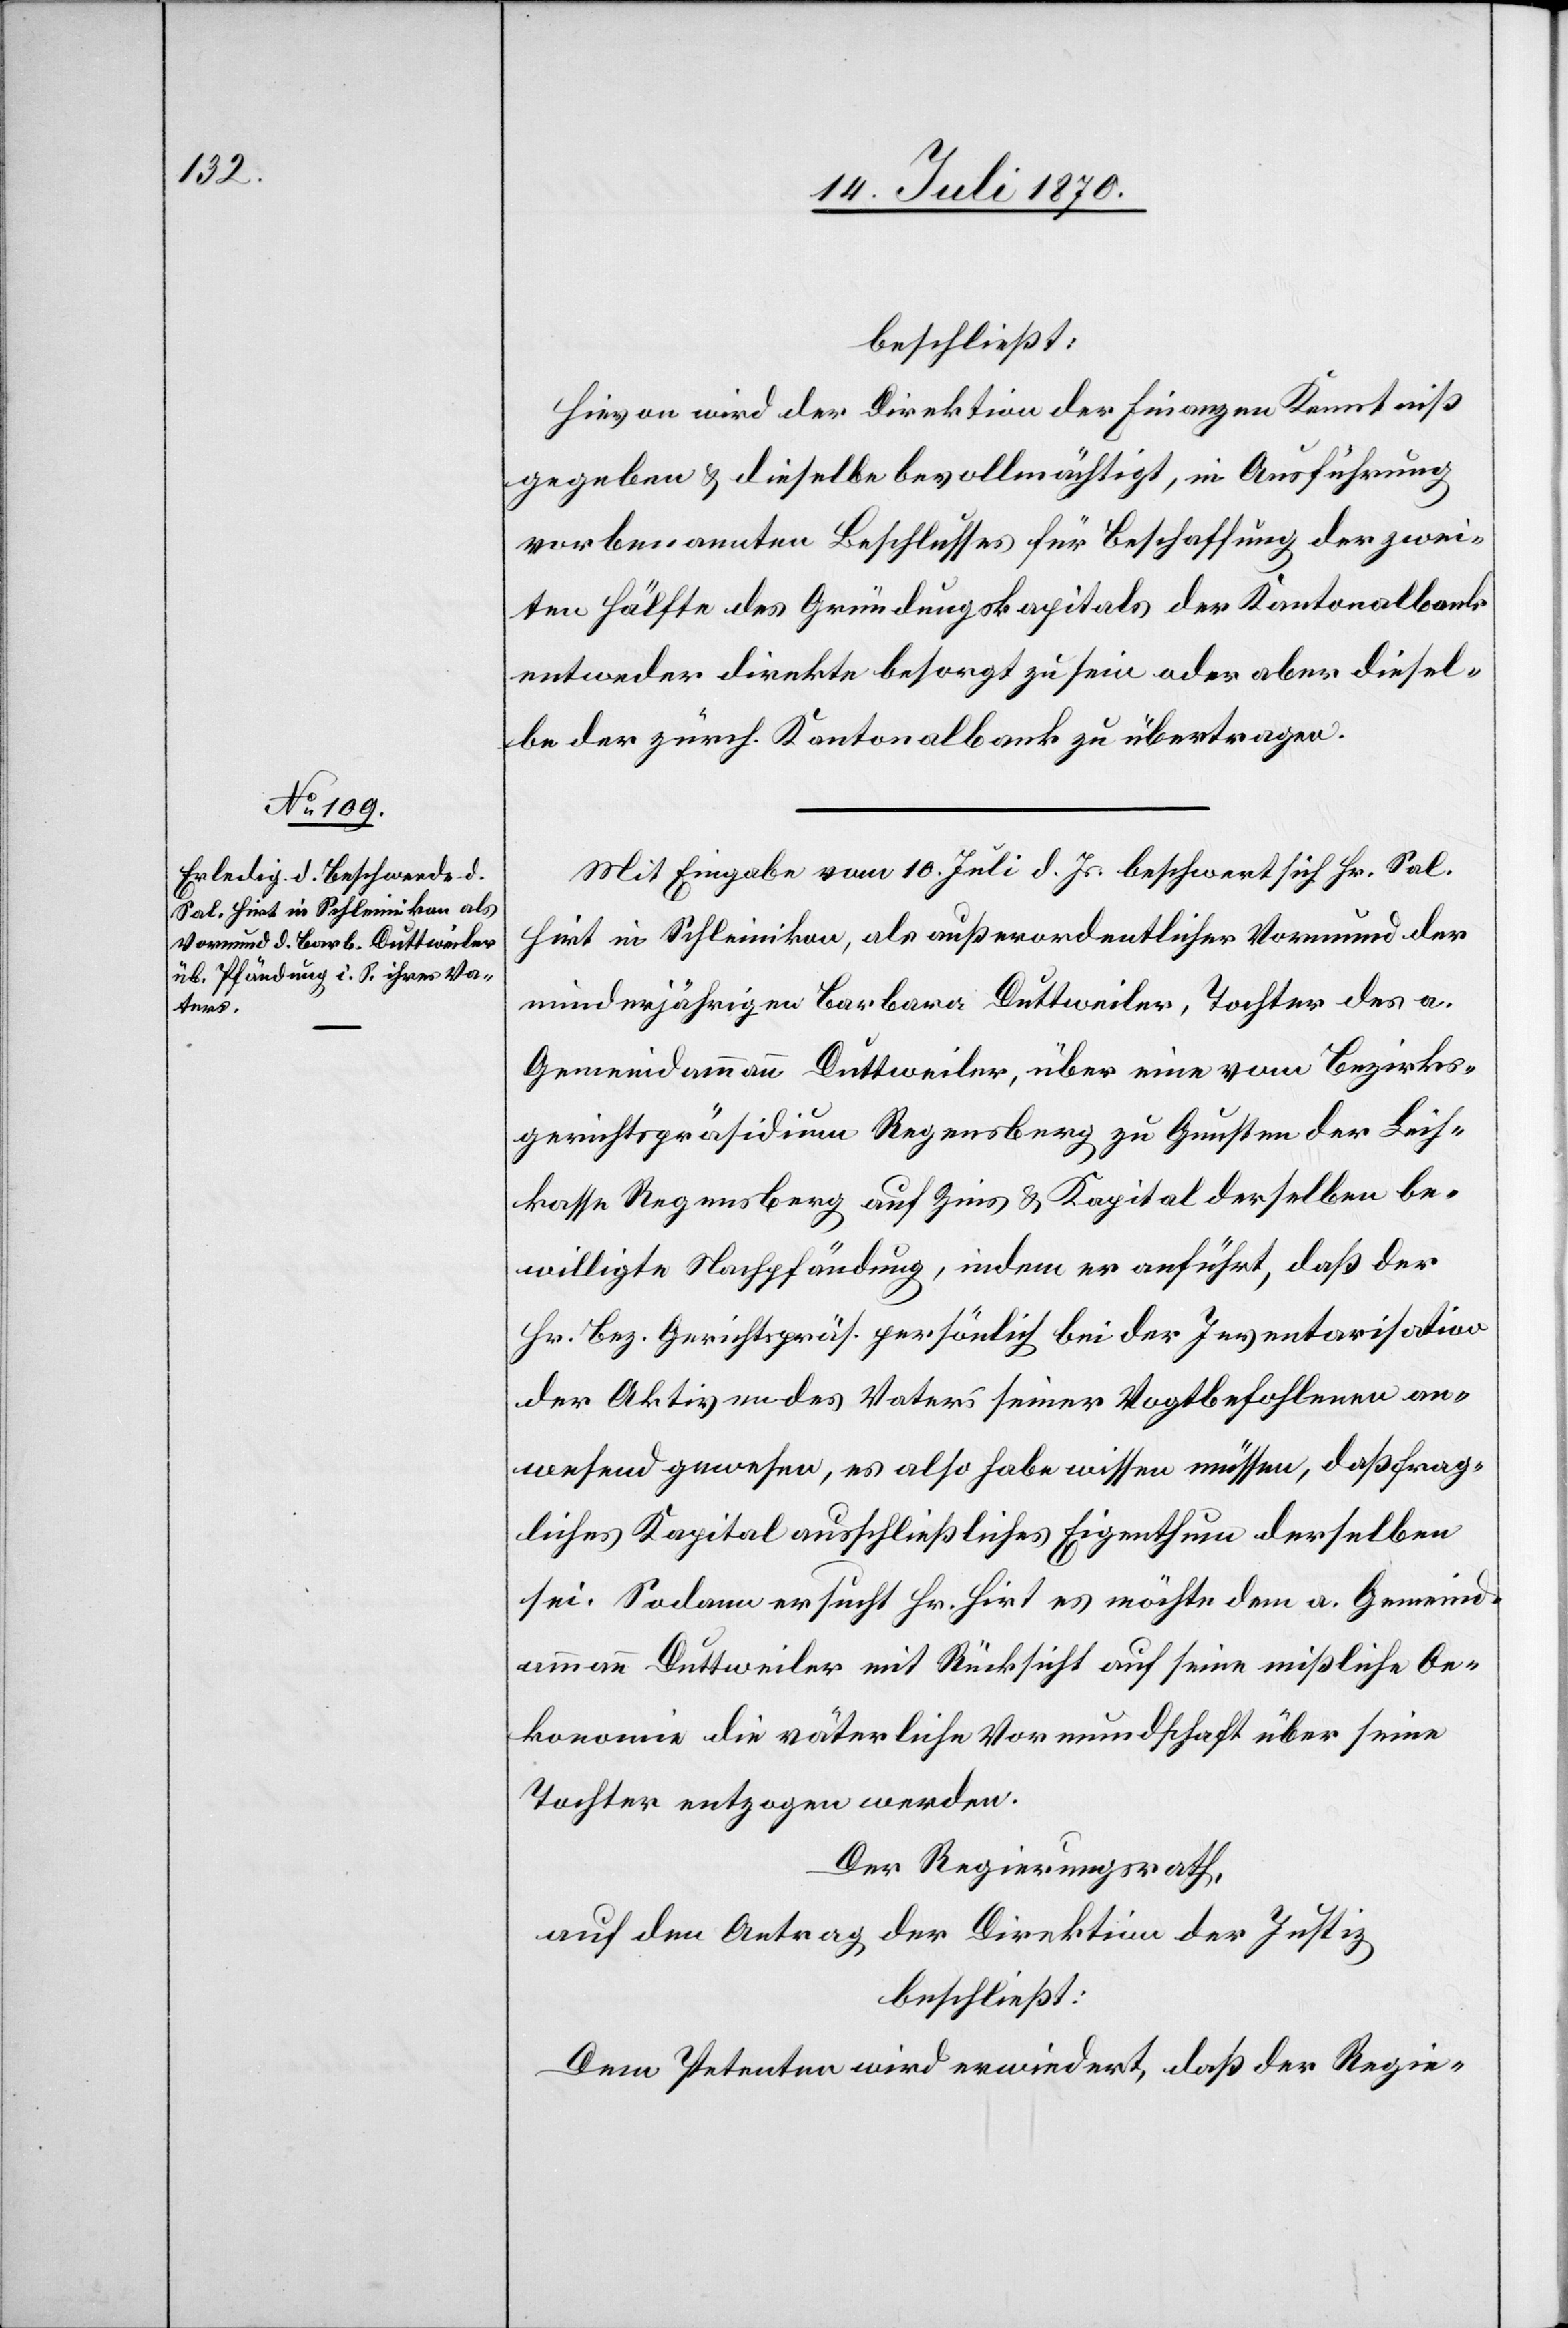
beschließt:
Hievon wird der Direktion der Finanzen Kenntniß
gegeben & dieselbe bevollmächtigt, in Ausführung
vorbenannten Beschlusses für Beschaffung der zwei¬
ten Hälfte des Gründungskapitals der Kantonalbank
entweder direkte besorgt zu sein oder aber diesel¬
be der zürch. Kantonalbank zu übertragen.
Mit Eingabe vom 10. Juli d. Js. beschwert sich Hr. Sal.
Hirt in Schleinikon, als außerordentlicher Vormund der
minderjährigen Barbara Duttweiler, Tochter des a.
Gemeindammann Duttweiler, über eine vom Bezirks¬
gerichtspräsidium Regensberg zu Gunsten der Leih¬
kasse Regensberg auf Zins & Kapital derselben be¬
willigte Nachpfändung, indem er anführt, daß der
Hr. Bez. Gerichtspräs. persönlich bei der Inventarisation
der Aktiven des Vaters seiner Vogtbefohlenen an¬
wesend gewesen, es also habe wissen müssen, daß frag¬
liches Kapital ausschließliches Eigenthum derselben
sei. Sodann ersucht Hr. Hirt[,] es möchte dem a. Gemeind¬
ammann Duttweiler mit Rücksicht auf seine mißliche Oe¬
konomie die väterliche Vormundschaft über seine
Tochter entzogen werden.
Der Regierungsrath,
auf den Antrag der Direktion der Justiz,
beschließt:
Dem Petenten wird erwiedert, daß der Regie-